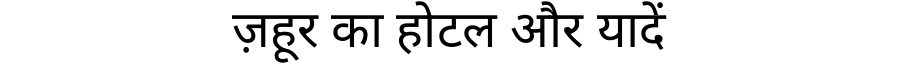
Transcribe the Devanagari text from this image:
ज़हूर का होटल और यादें